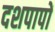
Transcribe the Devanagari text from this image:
दशपापों